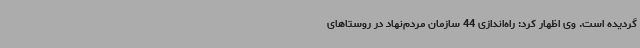
گردیده است. وی اظهار کرد: راه‌اندازی 44 سازمان مردم‌نهاد در روستاهای